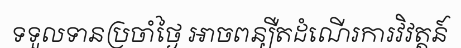
ទទួលទានប្រចាំថ្ងៃ អាចពន្យឺតដំណើរការវិវត្តន៍